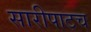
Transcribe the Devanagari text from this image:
सारीपाटच